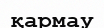
қармау